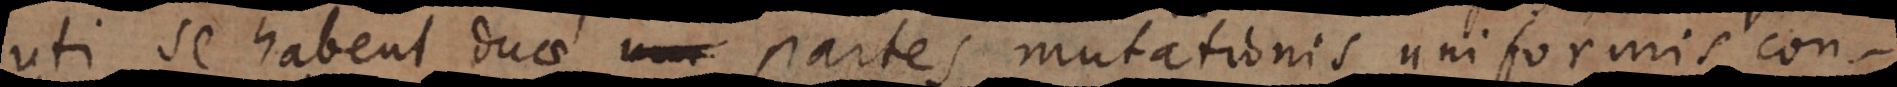
uti se habent duae partes mutationis uniformis con